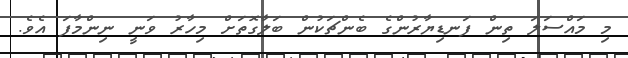
މި މައްސަލަ ތިން ފަނޑިޔާރުންގެ ބެންޗަކުން ބަލާގޮތަށް މިހާރު ވަނީ ނިންމާފަ އެވެ.